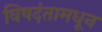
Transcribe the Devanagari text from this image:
विषदंतामधून